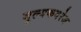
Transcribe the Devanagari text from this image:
मूल्यकवरेज